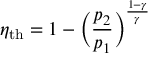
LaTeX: \eta _ { \mathrm { { t h } } } = 1 - { \bigg ( } { \frac { p _ { 2 } } { p _ { 1 } } } { \bigg ) } ^ { \frac { 1 - \gamma } { \gamma } }